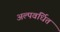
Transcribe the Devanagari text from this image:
अल्पवर्धित